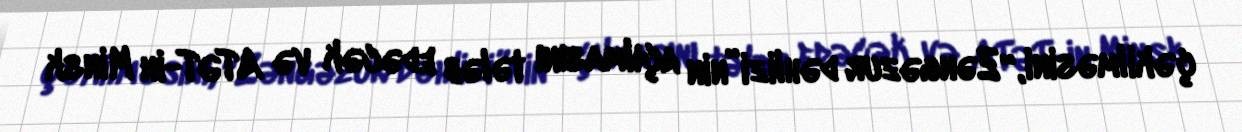
çəkilməsini, “Zəngəzur dəhlizi”nin açılmasını tələb edəcək və ATƏT-in Minsk